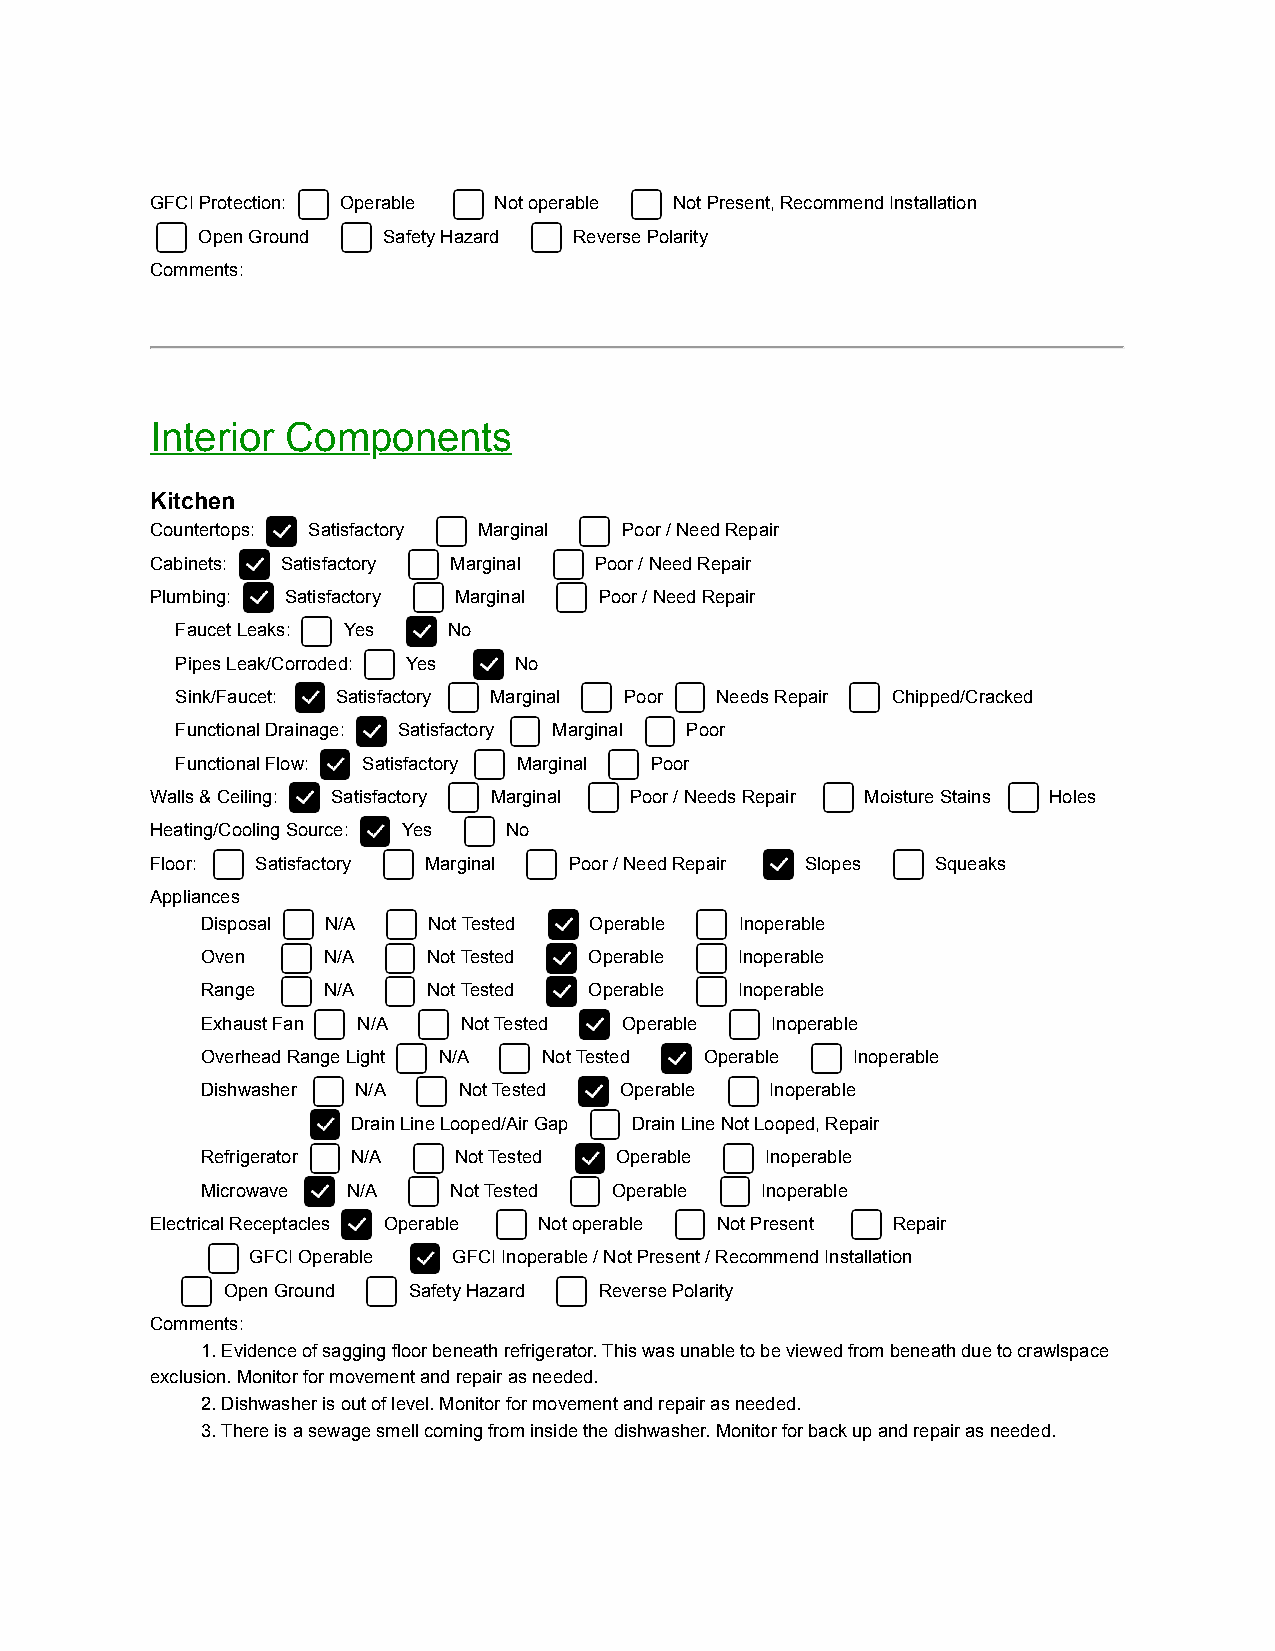
GFCI Protection: Operable Not operable Not Present, Recommend Installation
 Open Ground Safety Hazard Reverse Polarity
 Comments:
 Interior Components
 Kitchen
 Countertops: Satisfactory Marginal Poor / Need Repair
 Cabinets: Satisfactory Marginal Poor / Need Repair
 Plumbing: Satisfactory Marginal Poor / Need Repair
 Faucet Leaks: Yes No
 Pipes Leak/Corroded: Yes No
 Sink/Faucet: Satisfactory Marginal Poor Needs Repair Chipped/Cracked
 Functional Drainage: Satisfactory Marginal Poor
 Functional Flow: Satisfactory Marginal Poor
 Walls & Ceiling: Satisfactory Marginal Poor / Needs Repair Moisture Stains Holes
 Heating/Cooling Source: Yes No
 Floor: Satisfactory Marginal Poor / Need Repair Slopes Squeaks
 Appliances
 Disposal N/A   Not Tested Operable  Inoperable
 Oven    N/A    Not Tested Operable  Inoperable
 Range   N/A    Not Tested Operable  Inoperable
 Exhaust Fan N/A  Not Tested Operable  Inoperable
 Overhead Range Light N/A Not Tested Operable Inoperable
 Dishwasher N/A   Not Tested Operable  Inoperable
 Drain Line Looped/Air Gap Drain Line Not Looped, Repair
 Refrigerator N/A Not Tested Operable  Inoperable
 Microwave N/A    Not Tested Operable Inoperable
 Electrical Receptacles Operable Not operable Not Present Repair
 GFCI Operable GFCI Inoperable / Not Present / Recommend Installation
 Open Ground Safety Hazard Reverse Polarity
 Comments:
 1. Evidence of sagging floor beneath refrigerator. This was unable to be viewed from beneath due to crawlspace
 exclusion. Monitor for movement and repair as needed.
 2. Dishwasher is out of level. Monitor for movement and repair as needed.
 3. There is a sewage smell coming from inside the dishwasher. Monitor for back up and repair as needed.